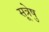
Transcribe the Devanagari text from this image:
सूत्रेषु